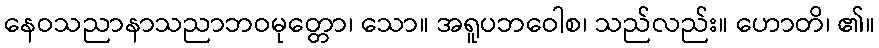
နေဝသညာနာသညာဘဝမုတ္တော၊ သော။ အရူပဘဝေါစ၊ သည်လည်း။ ဟောတိ၊ ၏။